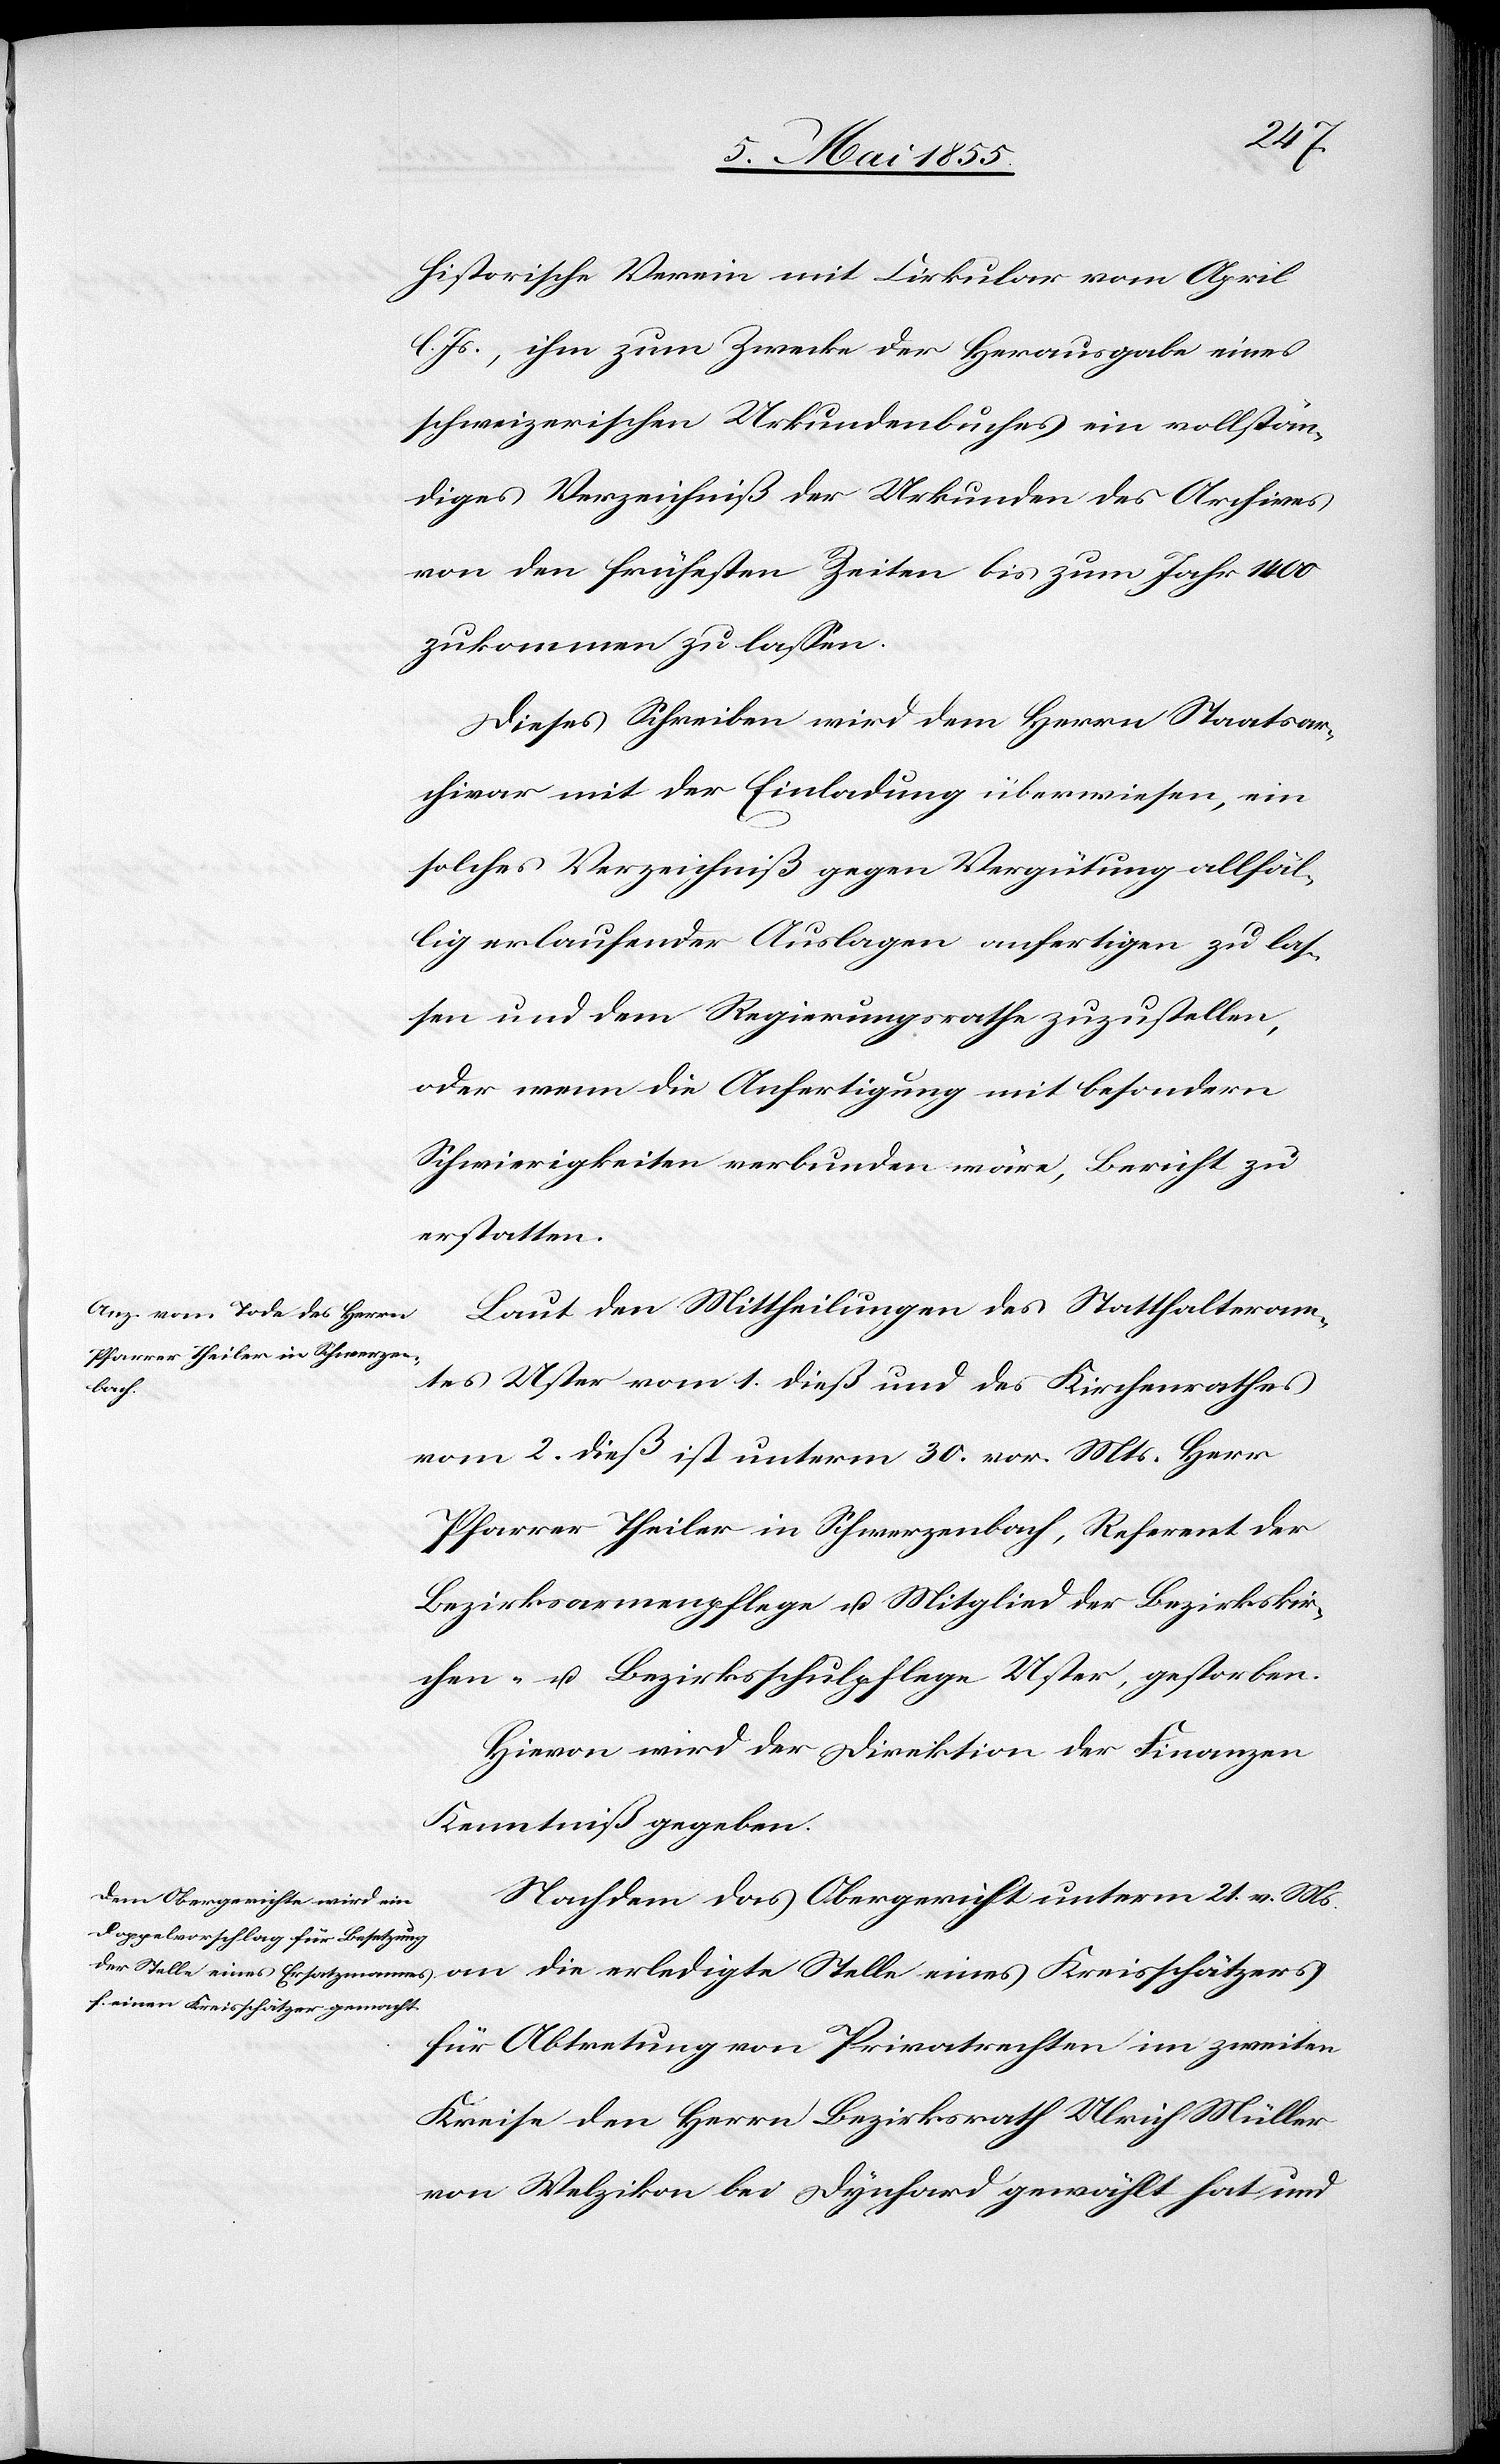
die
historische Verein mit Cirkular vom April
Js., ihm zum Zwecke der Herausgabe eines
schweizerischen Urkundenbuches ein vollstän¬
diges Verzeichniß der Urkunden des Archives
von den frühesten Zeiten bis zum Jahr 1400
zukommen zu lassen.
Dieses Schreiben wird dem Herrn Staatsar¬
chivar mit der Einladung überwiesen, ein
solches Verzeichniß gegen Vergütung allfäl¬
lig erlaufender Auslagen anfertigen zu las¬
sen und dem Regierungsrathe zuzustellen,
oder wenn die Anfertigung mit besondern
Schwierigkeiten verbunden wäre, Bericht zu
erstatten.
Laut den Mittheilungen des Statthalteram¬
tes Uster vom 1. dieß und des Kirchenrathes
vom 2. dieß ist unterm 30. vor. Mts. Herr
Pfarrer Theiler in Schwerzenbach, Referent der
Bezirksarmenpflege u. Mitglied der Bezirkskir¬
chen- u. Bezirksschulpflege Uster, gestorben.
Hievon wird der Direktion der Finanzen
Kenntniß gegeben.
Nachdem das Obergericht unterm 21. v. M[t]s.
für Abtretung von Privatrechten im zweiten
Kreise den Herrn Bezirksrath Ulrich Müller
von Welzikon bei Dynhard gewählt hat und